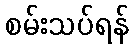
စမ်းသပ်ရန်